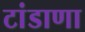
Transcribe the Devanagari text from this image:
टांडाणा